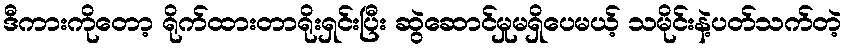
ဒီကားကိုတော့ ရိုက်ထားတာရိုးရှင်းပြီး ဆွဲဆောင်မှုမရှိပေမယ့် သမိုင်းနဲ့ပတ်သက်တဲ့